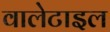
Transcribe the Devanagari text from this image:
वालेटाइल